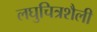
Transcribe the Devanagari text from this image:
लघुचित्रशैली